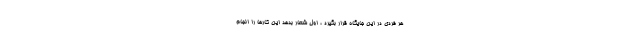
هر فردی در این جایگاه قرار بگیرد ، اول شعار بدهد این کارها را انجام